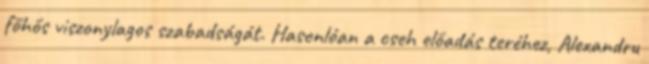
főhős viszonylagos szabadságát. Hasonlóan a cseh előadás teréhez, Alexandru